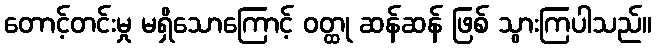
တောင့်တင်းမှု မရှိသောကြောင့် ဝတ္ထု ဆန်ဆန် ဖြစ် သွားကြပါသည်။